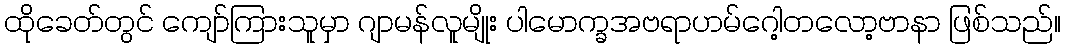
ထိုခေတ်တွင် ကျော်ကြားသူမှာ ဂျာမန်လူမျိုး ပါမောက္ခအဗရာဟမ်ဂေါ့တလော့ဗာနာ ဖြစ်သည်။